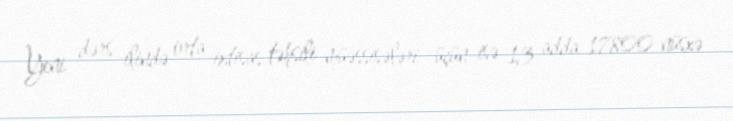
Yeni dərs ilində orta ixtisas təhsili müəssisələri üçün isə 13 adda 17800 nüsxə